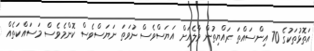
އަތޮޅުތަކުގެ 70 އިންސައްތަ ރައްޔިތުން މާލެއަށް އަޔަސްވެސް ނުވަތަ ނަޔަސްވެސް ކޮންމެވެސް މަސައްކަތެއް